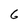
Character: 6